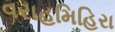
વરાહમિહિરા